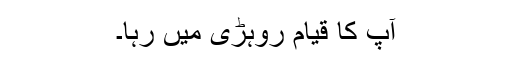
آپ کا قیام روہڑی میں رہا۔